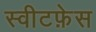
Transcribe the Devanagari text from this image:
स्वीटफ़ेस